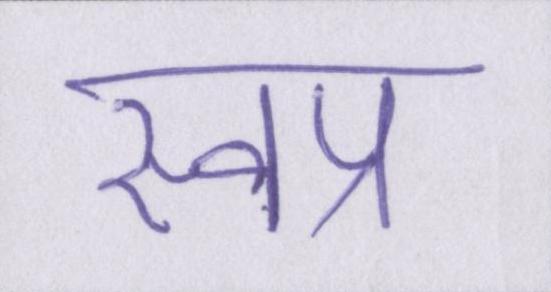
स्वप्न